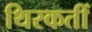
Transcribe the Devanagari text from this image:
थिरकतीं